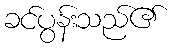
ခင်ပွန်းသည်၏